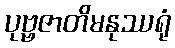
ပုဗ္ဗဇာတိမနုဿရုံ